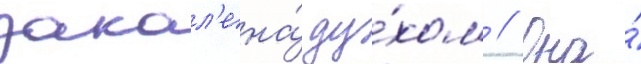
закал'ена́ ду́хом // Она́